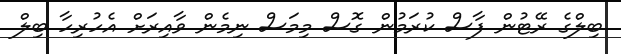
ބިލްގެ ރޭޓުން ފާސް ކުރަމުން ގޮސް މިމަސް ނިމެން ވާއިރަށް އެހުރިހާ ބިލް